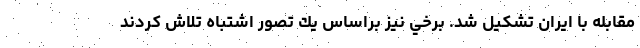
مقابله با ايران تشكيل شد. برخي نيز براساس يك تصور اشتباه تلاش كردند